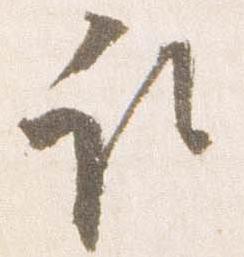
取